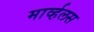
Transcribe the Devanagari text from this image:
मार्व्हलस